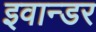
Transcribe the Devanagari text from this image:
इवान्डर